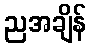
ညအချိန်